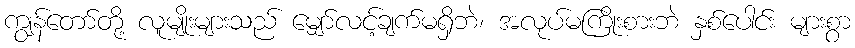
ကျွန်တော်တို့ လူမျိုးများသည် မျှော်လင့်ချက်မရှိဘဲ၊ အလုပ်မကြိုးစားဘဲ နှစ်ပေါင်း များစွာ